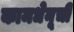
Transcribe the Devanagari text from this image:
कामधेनूची